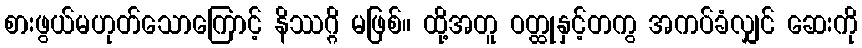
စားဖွယ်မဟုတ်သောကြောင့် နိဿဂ္ဂိ မဖြစ်။ ထို့အတူ ဝတ္ထုနှင့်တကွ အကပ်ခံလျှင် ဆေးကို